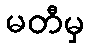
မတီမှ